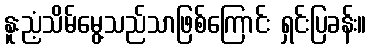
နူးညံ့သိမ်မွေ့သည်သာဖြစ်ကြောင်း ရှင်းပြခန်း။